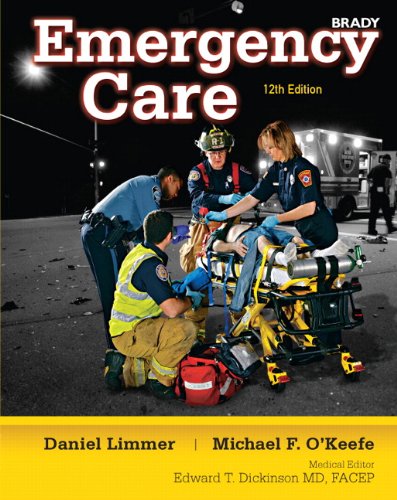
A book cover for Emergency Care (12th Edition); Daniel J. Limmer EMT-P; Medical Books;